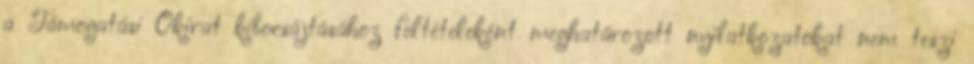
a Támogatási Okirat kibocsájtásához feltételeként meghatározott nyilatkozatokat nem teszi